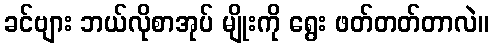
ခင်ဗျား ဘယ်လိုစာအုပ် မျိုးကို ရွေး ဖတ်တတ်တာလဲ။